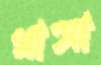
থাসা